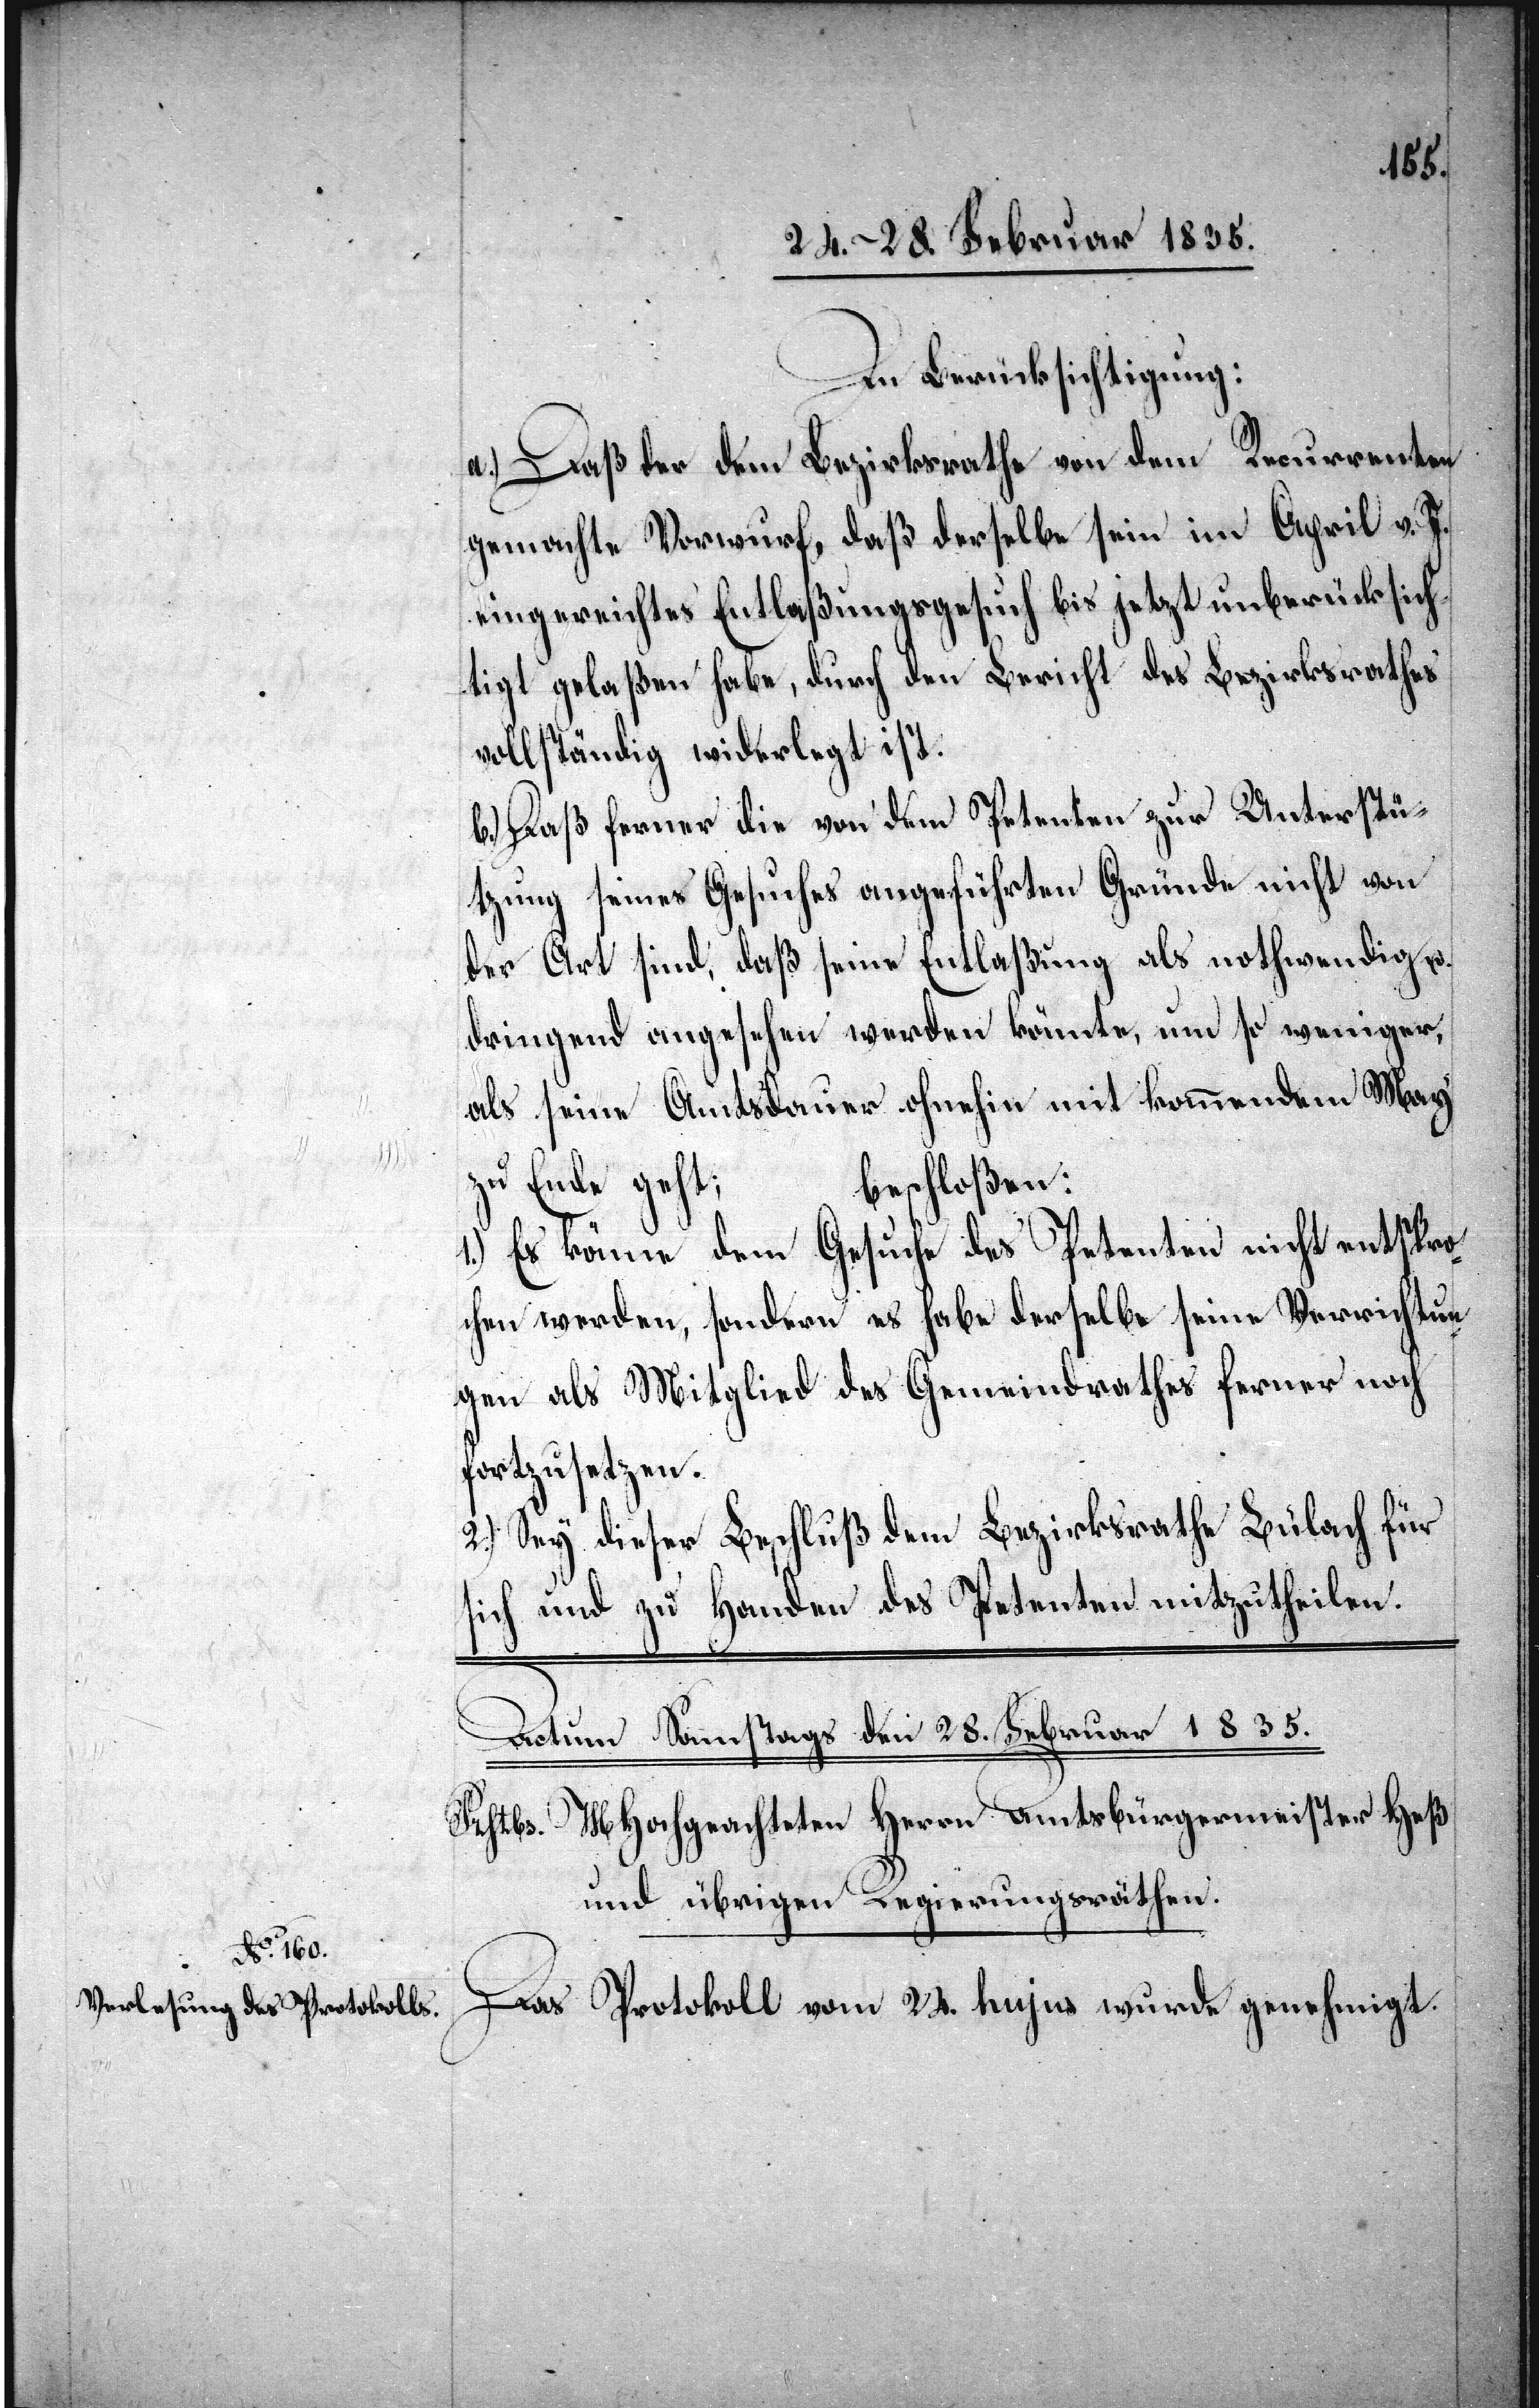
In Berücksichtigung:
a.) Daß der dem Bezirksrathe von dem Recurrenten
gemachte Vorwurf, daß derselbe sein im April v. J.
eingereichtes Entlaßungsgesuch bis jetzt unberücksich¬
tigt gelaßen habe, durch den Bericht des Bezirksrathes
vollständig widerlegt ist.
b.) Daß ferner die von dem Petenten zur Unterstü¬
tzung seines Gesuches angeführten Gründe nicht von
der Art sind, daß seine Entlaßung als nothwendig u.
dringend angesehen werden könnte, um so weniger,
als seine Amtsdauer ohnehin mit kommendem May
zu Ende geht;
1. ) Es könne dem Gesuche des Petenten nicht entspro¬
chen werden, sondern es habe derselbe seine Verrichtun¬
gen als Mitglied des Gemeindrathes ferner noch
fortzusetzen.
2.) Sey dieser Beschluß dem Bezirksrathe Bülach für
sich und zu Handen des Petenten mitzutheilen.
Das Protokoll vom 24. hujus wurde genehmigt.